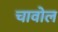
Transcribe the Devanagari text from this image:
चावोल